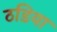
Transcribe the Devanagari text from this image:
ठडिया